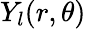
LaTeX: Y_{l}(r,\theta)